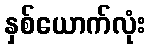
နှစ်ယောက်လုံး